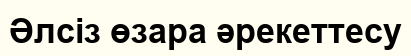
Әлсіз өзара әрекеттесу